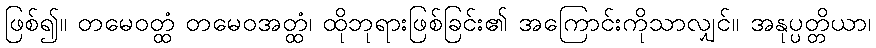
ဖြစ်၍။ တမေဝတ္ထံ တမေဝအတ္ထံ၊ ထိုဘုရားဖြစ်ခြင်း၏ အကြောင်းကိုသာလျှင်။ အနုပ္ပတ္တိယာ၊